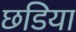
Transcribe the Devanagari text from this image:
छडिया